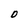
Character: D